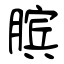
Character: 膑